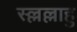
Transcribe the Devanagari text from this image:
स्ल्लल्लाहु